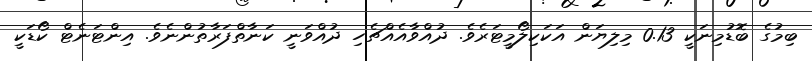
ބިމުގެ ބޮޑުމިނަކީ 0.13 މިލިޔަން އަކަކިލޯމީޓަރެވެ. ދުއްވާއެއްޗެހި ދުއްވަނީ ކަނާތްފަރާތުންނެވެ. އިންޓަނެޓް ކޯޑަކީ